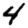
Digit: 4